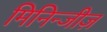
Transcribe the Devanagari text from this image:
मिनिन्जीज़